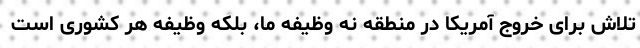
تلاش برای خروج آمریکا در منطقه نه وظیفه ما، بلکه وظیفه هر کشوری است